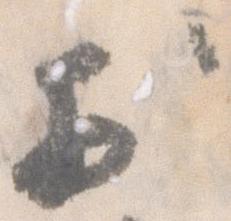
於